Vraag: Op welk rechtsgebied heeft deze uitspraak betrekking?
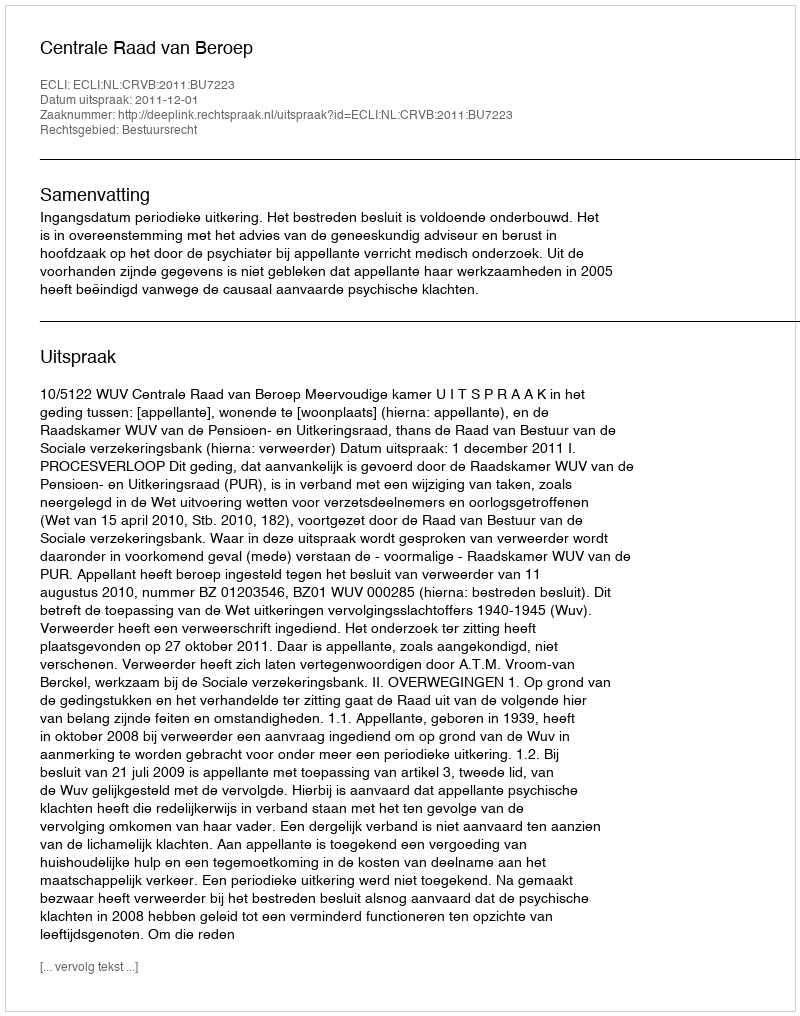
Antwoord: Bestuursrecht